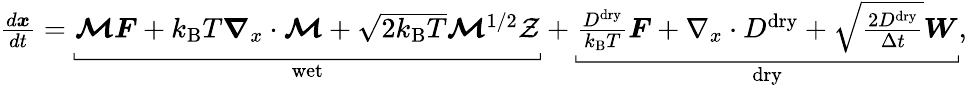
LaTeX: \begin{array}{r}{\frac{d\boldsymbol{x}}{dt}=\underbracket[0.4pt][2pt]{\boldsymbol{\mathcal{M}}\boldsymbol{F}+k_{\mathrm{B}}T\boldsymbol{\nabla}_{x}\cdot\boldsymbol{\mathcal{M}}+\sqrt{2k_{\mathrm{B}}T}\boldsymbol{\mathcal{M}}^{1/2}\mathcal{Z}\vphantom{\frac{D^{\mathrm{dry}}}{k_{\mathrm{B}}T}\boldsymbol{F}}}_{\mathrm{wet}}+\underbracket[0.4pt][2pt]{\frac{D^{\mathrm{dry}}}{k_{\mathrm{B}}T}\boldsymbol{F}+\nabla_{x}\cdot D^{\mathrm{dry}}+\sqrt{\frac{2D^{\mathrm{dry}}}{\Delta t}}\boldsymbol{W}}_{\mathrm{dry}},}\end{array}